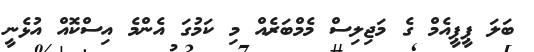
ބަލަ ޕީޕީއެމް ގެ މަޖިލިސް މެމްބަރެއް މި ކަމުގަ އެންމެ އިސްކޮއް އުޅެނީ